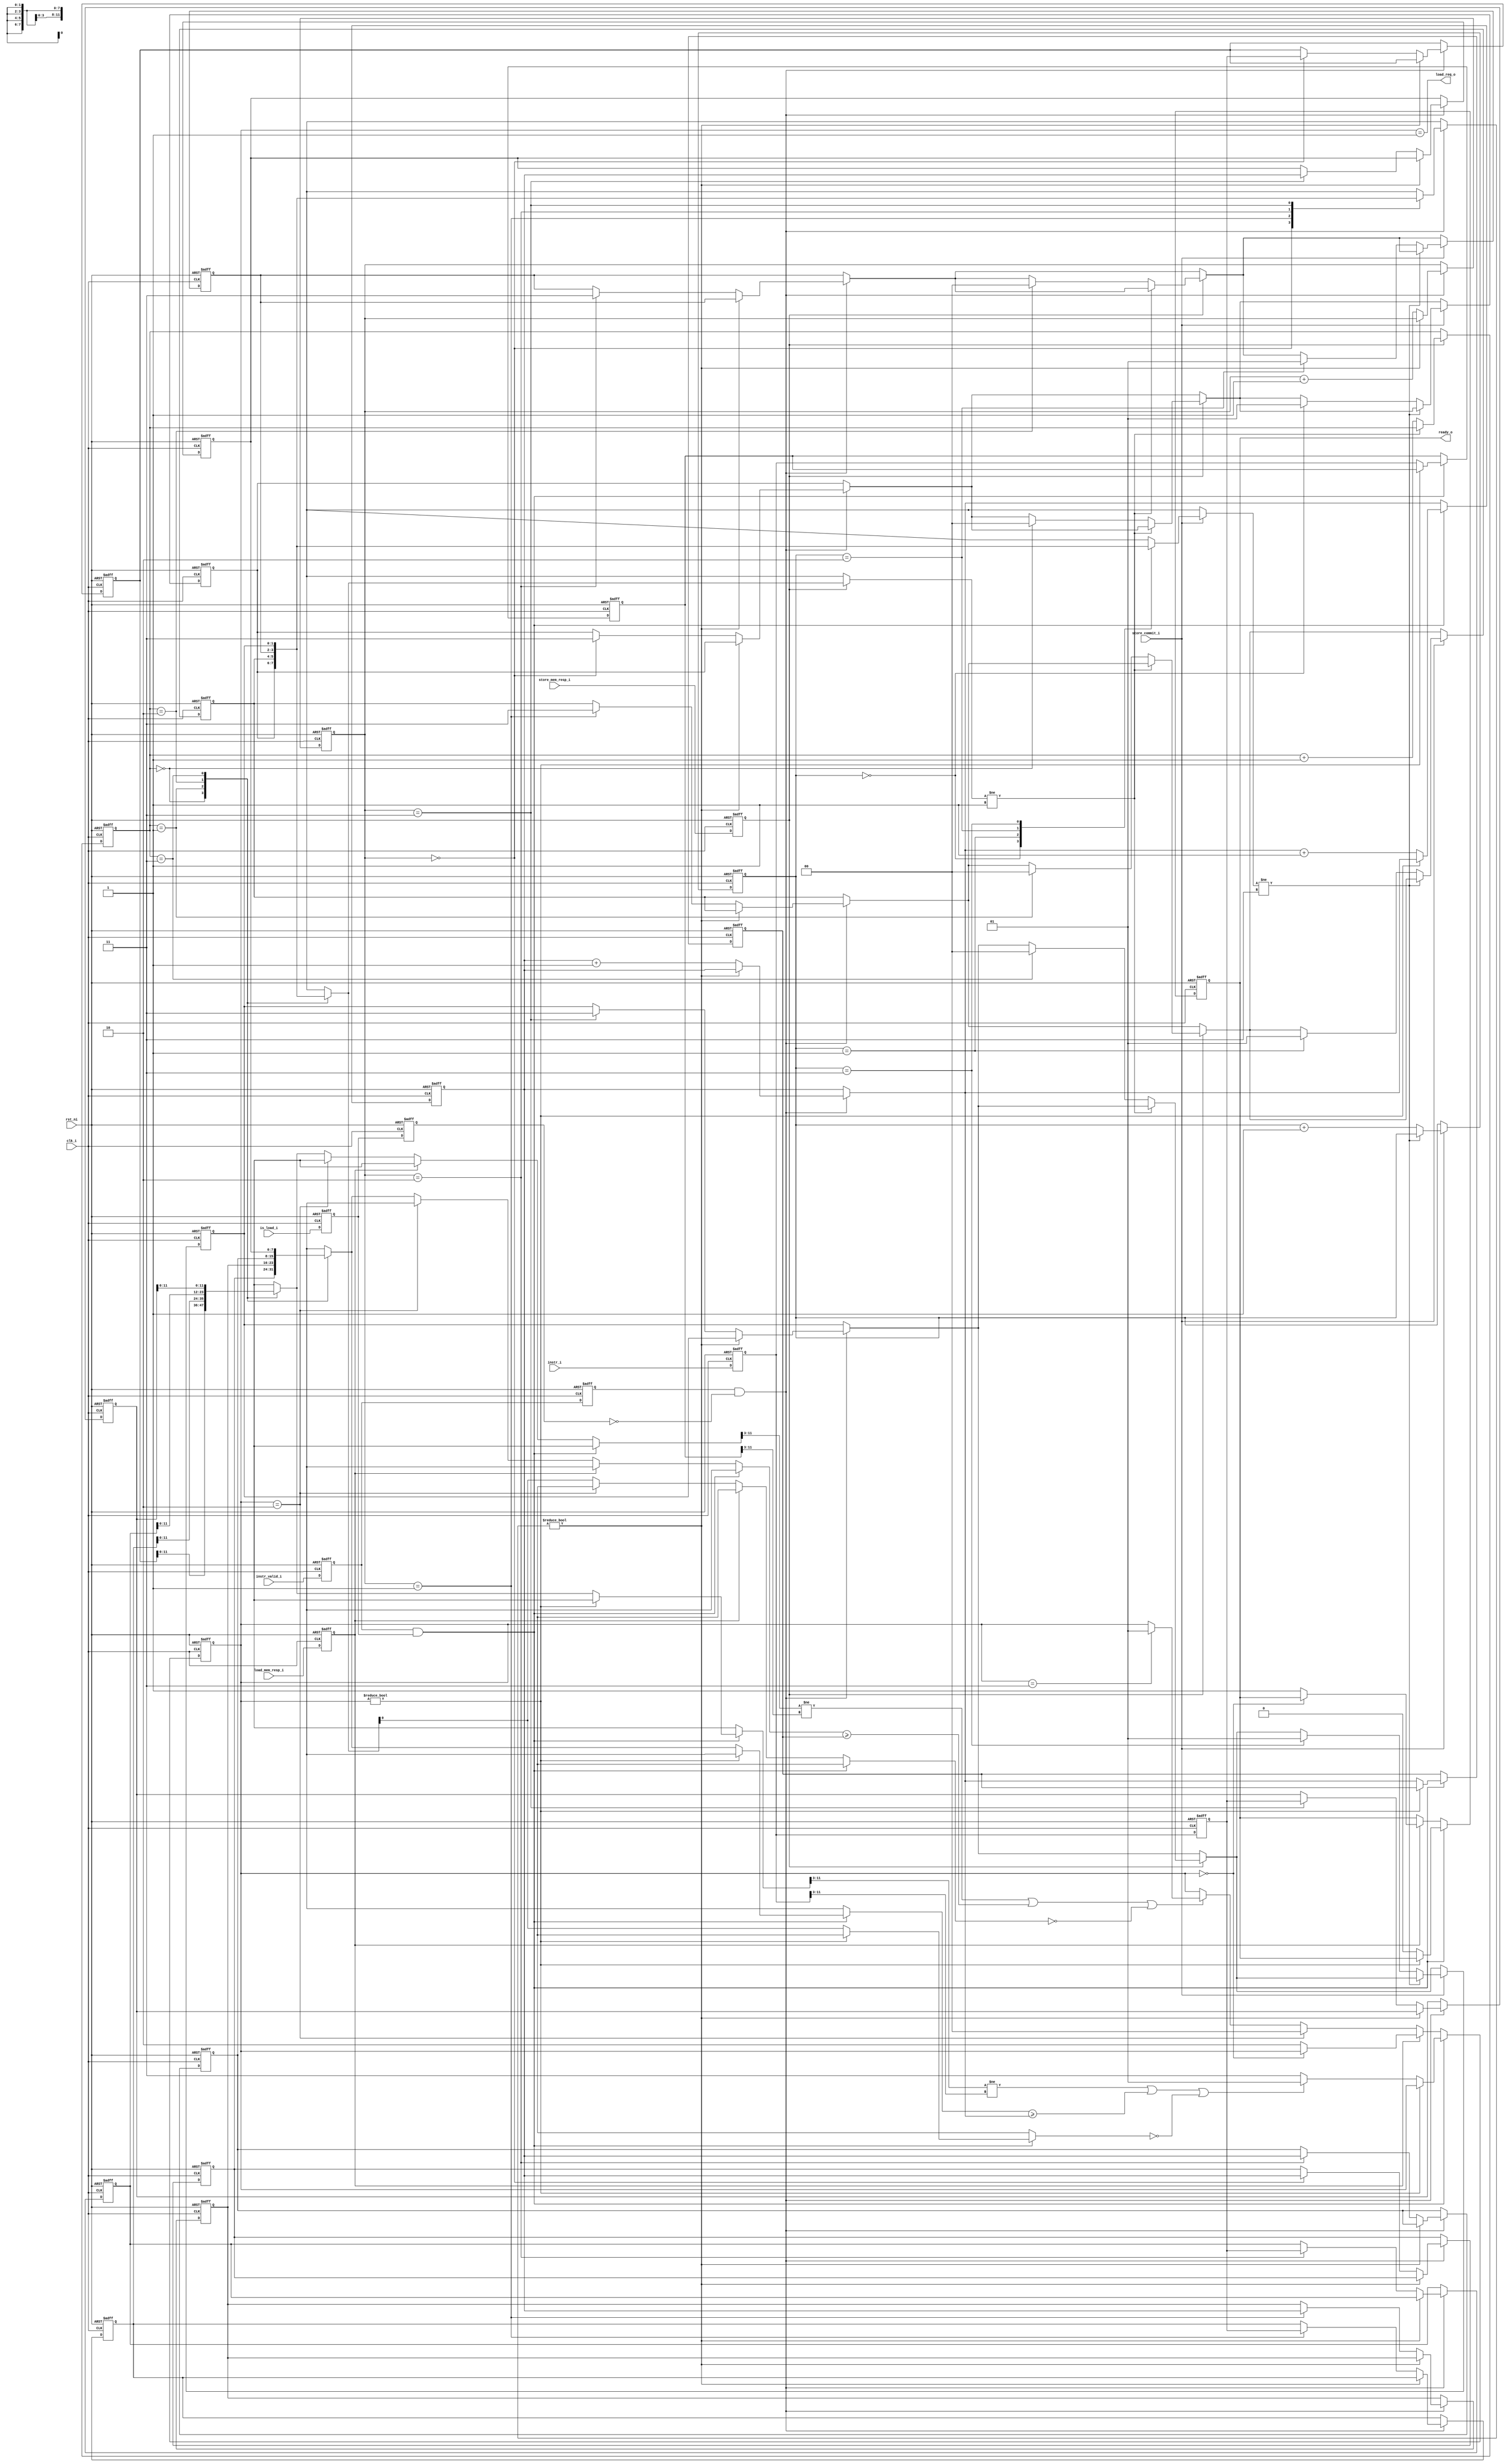

`define INSTR_QUEUE_DEPTH 4
`define INSTR_QUEUE_DEPTH_WIDTH 2
`define SBUF_DEPTH 1
`define SBUFFER_ENTRY 32

`define LBUF_DEPTH 1
`define LBUFFER_ENTRY 32

`define INSTR_PC_WIDTH 8

module cva6_lsu_model (
    input wire clk_i,
    input wire rst_ni,
    input wire [31:0] instr_i,
    input wire is_load_i,
    input wire store_commit_i,
    input wire instr_valid_i,
    input wire store_mem_resp_i,
    input wire load_mem_resp_i,
    output wire load_req_o,
    output wire ready_o
`ifdef EXPOSE_STATE
    , output wire [2*`INSTR_QUEUE_DEPTH-1:0] port_store_instr_queue_state
    , output wire [1:0] port_load_instr_queue_state
`endif
);


    reg [31:0] 			CLK_CYCLE;

    reg [`INSTR_PC_WIDTH-1:0] instr_i_pc;

    // Instruction (input) queue
    reg [31:0] store_instr_i_queue [0:`INSTR_QUEUE_DEPTH-1];
    reg [`INSTR_PC_WIDTH-1:0] store_instr_i_queue_pc [0:`INSTR_QUEUE_DEPTH-1];
    reg [1:0] store_instr_queue_state [0:`INSTR_QUEUE_DEPTH-1];
    reg [`INSTR_QUEUE_DEPTH_WIDTH-1:0] queue_store_ptr;
    reg [`INSTR_QUEUE_DEPTH_WIDTH-1:0] queue_commit_ptr;
    reg [`INSTR_QUEUE_DEPTH_WIDTH-1:0] queue_serve_ptr;

    reg [31:0] load_instr_i_queue;
    reg [`INSTR_PC_WIDTH-1:0] load_instr_i_queue_pc;
    reg [1:0] load_instr_queue_state;
    
    assign port_store_instr_queue_state = {store_instr_queue_state[3], store_instr_queue_state[2], store_instr_queue_state[1], store_instr_queue_state[0]};
    assign port_load_instr_queue_state = load_instr_queue_state;

    // Instruction queue flattening
    reg [31:0] store_instr_i_queue_flatten_0;
    reg [`INSTR_PC_WIDTH-1:0] store_instr_i_queue_flatten_0_pc;
    reg [31:0] store_instr_i_queue_flatten_1;
    reg [`INSTR_PC_WIDTH-1:0] store_instr_i_queue_flatten_1_pc;
    reg [31:0] store_instr_i_queue_flatten_2;
    reg [`INSTR_PC_WIDTH-1:0] store_instr_i_queue_flatten_2_pc;
    reg [31:0] store_instr_i_queue_flatten_3;
    reg [`INSTR_PC_WIDTH-1:0] store_instr_i_queue_flatten_3_pc;

    reg [1:0] store_instr_queue_state_flatten_0;
    reg [1:0] store_instr_queue_state_flatten_1;
    reg [1:0] store_instr_queue_state_flatten_2;
    reg [1:0] store_instr_queue_state_flatten_3;

    reg ready_flag;
    assign ready_o = ready_flag;

    wire no_dep;
    assign no_dep = ((store_instr_i_queue[queue_serve_ptr][11:3] != load_instr_i_queue[11:3]) 
                || (store_instr_i_queue_pc[queue_serve_ptr] >= load_instr_i_queue_pc) 
                || store_instr_queue_state[queue_serve_ptr][0] == 0);

    assign load_req_o = load_instr_queue_state == 2'b01;

    // Inner signals
    reg [31:0] inner_instr_i;
    reg [31:0] x_inner_instr_i;
    reg inner_instr_valid_i;
    reg x_inner_instr_valid_i;
    reg inner_is_load_i;
    reg x_inner_is_load_i;
    reg inner_store_mem_resp_i;
    reg x_inner_store_mem_resp_i;
    reg inner_load_mem_resp_i;

	always @(posedge clk_i or negedge rst_ni) begin
		if (~rst_ni) begin

            CLK_CYCLE <= 0;
            
            store_instr_i_queue[0] <= 0;
            store_instr_i_queue[1] <= 0;
            store_instr_i_queue[2] <= 0;
            store_instr_i_queue[3] <= 0;
            store_instr_i_queue_pc[0] <= 0;
            store_instr_i_queue_pc[1] <= 0;
            store_instr_i_queue_pc[2] <= 0;
            store_instr_i_queue_pc[3] <= 0;
            store_instr_queue_state[0] <= 0;
            store_instr_queue_state[1] <= 0;
            store_instr_queue_state[2] <= 0;
            store_instr_queue_state[3] <= 0;

            load_instr_i_queue <= 0;
            load_instr_i_queue_pc <= 0;
            load_instr_queue_state <= 0;

            store_instr_i_queue_flatten_0 <= 0;
            store_instr_i_queue_flatten_1 <= 0;
            store_instr_i_queue_flatten_2 <= 0;
            store_instr_i_queue_flatten_3 <= 0;
            store_instr_i_queue_flatten_0_pc <= 0;
            store_instr_i_queue_flatten_1_pc <= 0;
            store_instr_i_queue_flatten_2_pc <= 0;
            store_instr_i_queue_flatten_3_pc <= 0;
            store_instr_queue_state_flatten_0 <= 0;
            store_instr_queue_state_flatten_1 <= 0;
            store_instr_queue_state_flatten_2 <= 0;
            store_instr_queue_state_flatten_3 <= 0;

            queue_store_ptr <= 0;
            queue_commit_ptr <= 0;
            queue_serve_ptr <= 0;

            instr_i_pc <= 0;
            ready_flag <= 1;

            inner_instr_i <= 0;
            x_inner_instr_i <= 0;
            inner_instr_valid_i <= 0;
            x_inner_instr_valid_i <= 0;
            inner_is_load_i <= 0;
            x_inner_is_load_i <= 0;
            inner_store_mem_resp_i <= 0;
            x_inner_store_mem_resp_i <= 0;
            inner_load_mem_resp_i <= 0;
            
		end else begin
            CLK_CYCLE <= CLK_CYCLE + 1;

            // Building the context        
            if (x_inner_instr_valid_i && !x_inner_is_load_i) begin
                if (store_instr_queue_state[queue_store_ptr] != 0) begin
`ifndef FORMAL
                    $display("Store blocked!");
`endif
                end else begin
                    store_instr_i_queue[queue_store_ptr] <= x_inner_instr_i;
                    store_instr_i_queue_pc[queue_store_ptr] <= instr_i_pc;
                    store_instr_queue_state[queue_store_ptr] <= 3;
                    queue_store_ptr <= queue_store_ptr + 1;
                    instr_i_pc = instr_i_pc + 1;
                end
            end   
            
            if (inner_instr_valid_i && inner_is_load_i) begin
                if (load_instr_queue_state != 0) begin
`ifndef FORMAL
                    $display("Load blocked!");
`endif
                end else begin
                    load_instr_i_queue <= inner_instr_i;
                    load_instr_i_queue_pc <= instr_i_pc;
                    if ((store_instr_i_queue[queue_serve_ptr][11:3] != inner_instr_i[11:3]) 
                        || (store_instr_i_queue_pc[queue_serve_ptr] >= instr_i_pc) 
                        || store_instr_queue_state[queue_serve_ptr][0] == 0) begin
                        load_instr_queue_state <= 1;
                        // queue_load_ptr <= queue_load_ptr + 1;
                        // ready_flag <= 1;
                    end else begin
                        load_instr_queue_state <= 3;
                    end
                    ready_flag <= 0;
                    instr_i_pc = instr_i_pc + 1;
                end
            end else if (inner_load_mem_resp_i) begin
                if (load_instr_queue_state == 0) begin
`ifndef FORMAL
                    $display("Load not found!");
`endif
                end else begin
`ifndef FORMAL
                    $display("Load resp acquired!");
`endif
                        ready_flag <= 1;
                        load_instr_queue_state <= 2;
                end
            end else if (load_instr_queue_state == 2) begin
                load_instr_queue_state <= 0;
                // queue_load_ptr <= queue_load_ptr + 1;
                // ready_flag <= 1;
            end else if (((store_instr_i_queue[queue_serve_ptr][11:3] != load_instr_i_queue[11:3]) 
                || (store_instr_i_queue_pc[queue_serve_ptr] >= load_instr_i_queue_pc) 
                || store_instr_queue_state[queue_serve_ptr][0] == 0)) begin
                if (load_instr_queue_state == 3) begin
                    load_instr_queue_state <= 1;
                end
            end

            // Using the context
            if (inner_store_mem_resp_i) begin
                if (store_instr_queue_state[queue_serve_ptr] != 1) begin
`ifndef FORMAL
                    $display("Store not ready for commit! %d", CLK_CYCLE);
`endif 
                end else begin
                    store_instr_queue_state[queue_serve_ptr] <= 0;
                    queue_serve_ptr <= queue_serve_ptr + 1;
                end
            end

            if (store_commit_i) begin
                if (store_instr_queue_state[queue_commit_ptr] != 3) begin
`ifndef FORMAL
                    $display("Store not uncommited! %d", CLK_CYCLE);
`endif
                end else begin
                    store_instr_queue_state[queue_commit_ptr] <= 1;
                    queue_commit_ptr <= queue_commit_ptr + 1;
                end
            end

            

            

            inner_is_load_i <= is_load_i;
            x_inner_is_load_i <= inner_is_load_i;
            inner_instr_valid_i <= instr_valid_i;
            x_inner_instr_valid_i <= inner_instr_valid_i;
            inner_instr_i <= instr_i;
            x_inner_instr_i <= inner_instr_i;
            inner_store_mem_resp_i <= store_mem_resp_i;
            x_inner_store_mem_resp_i <= inner_store_mem_resp_i;
            inner_load_mem_resp_i <= load_mem_resp_i;

        end

	end
    
endmodule